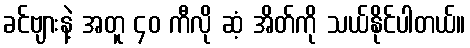
ခင်ဗျားနဲ့ အတူ ၄၀ ကီလို ဆံ့ အိတ်ကို သယ်နိုင်ပါတယ်။